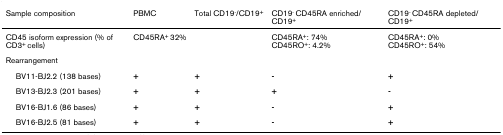
<table><thead><tr><td><b>Sample composition</b></td><td><b>PBMC</b></td><td><b>Total CD19<sup>-</sup>/CD19<sup>+</sup></b></td><td><b>CD19<sup>- </sup>CD45RA enriched/CD19<sup>+</sup></b></td><td><b>CD19<sup>- </sup>CD45RA depleted/CD19<sup>+</sup></b></td></tr></thead><tbody><tr><td>CD45 isoform expression (% of CD3<sup>+ </sup>cells)</td><td>CD45RA<sup>+ </sup>32%</td><td></td><td>CD45RA<sup>+</sup>: 74%CD45RO<sup>+</sup>: 4.2%</td><td>CD45RA<sup>+</sup>: 0%CD45RO<sup>+</sup>: 54%</td></tr><tr><td>Rearrangement</td><td></td><td></td><td></td><td></td></tr><tr><td> BV11-BJ2.2 (138 bases)</td><td><b>+</b></td><td><b>+</b></td><td><b>-</b></td><td><b>+</b></td></tr><tr><td> BV13-BJ2.3 (201 bases)</td><td><b>+</b></td><td><b>+</b></td><td><b>+</b></td><td><b>-</b></td></tr><tr><td> BV16-BJ1.6 (86 bases)</td><td><b>+</b></td><td><b>+</b></td><td><b>-</b></td><td><b>+</b></td></tr><tr><td> BV16-BJ2.5 (81 bases)</td><td><b>+</b></td><td><b>+</b></td><td><b>-</b></td><td><b>+</b></td></tr></tbody></table>